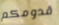
قدومكم